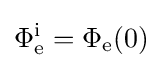
\mathrm {\Phi _{e}^{i}} =\mathrm {\Phi _{e}} (0)